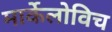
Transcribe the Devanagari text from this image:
मार्केलोविच